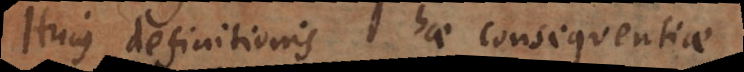
Hujus definitionis hae consequentiae